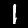
Digit: 1